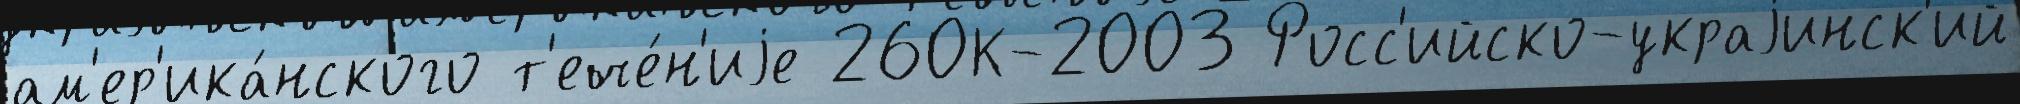
ам'ер'ика́нского т'ече́н'иjе 260К-2003 Росс'ийско-украjинск'ий